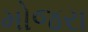
મોજરા